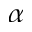
\alpha